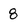
Character: 8